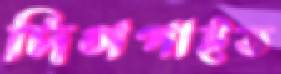
দিগপাইত